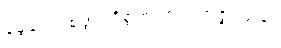
မွေ့လျော်စဖွယ်ရှိစွတကား။ အဇ္ဇ၊ ယခု။